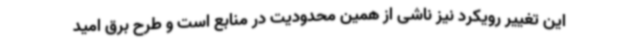
این تغییر رویکرد نیز ناشی از همین محدودیت در منابع است و طرح برق امید